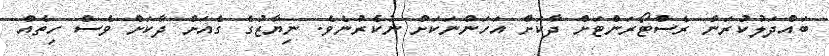
ބައްދަލުކުރަން ރެސްޓޯރަންޓަށް ދާކަށް އަހަންނަކަށް ނުކެރުނެވެ. ނިޔާޒުގެ ގެއަށް ދާކަށް ވެސް ހިތެއް